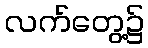
လက်တွေ့၌